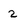
Character: 2